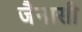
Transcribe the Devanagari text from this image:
जैनासी